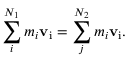
\sum _ { i } ^ { N _ { 1 } } m _ { i } \mathbf { v } _ { \mathrm { { i } } } = \sum _ { j } ^ { N _ { 2 } } m _ { i } \mathbf { v } _ { \mathrm { { i } } } . \,